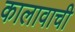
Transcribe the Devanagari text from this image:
कालावाची